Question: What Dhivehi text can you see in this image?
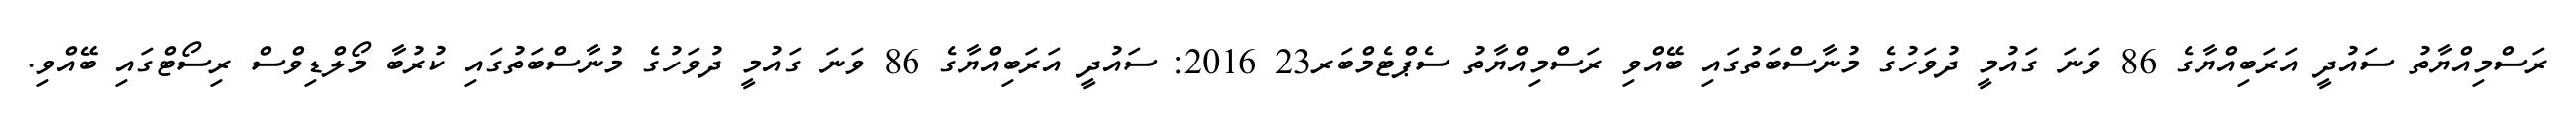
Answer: ރަސްމިއްޔާތު ސައުދީ އަރަބިއްޔާގެ 86 ވަނަ ގައުމީ ދުވަހުގެ މުނާސްބަތުގައި ބޭއްވި ރަސްމިއްޔާތު ސެޕްޓެމްބަރ23 2016: ސައުދީ އަރަބިއްޔާގެ 86 ވަނަ ގައުމީ ދުވަހުގެ މުނާސްބަތުގައި ކުރުބާ މޯލްޑިވްސް ރިސޯޓްގައި ބޭއްވި.